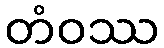
တံဝဿ